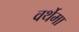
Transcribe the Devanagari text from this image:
वर्थेमा